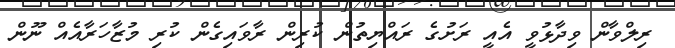
ރިލްވާން ވިދާޅުވީ އެއީ ރަށުގެ ރައްޔިތުން ކުރިން ރާވައިގެން ކުރި މުޒާހަރާއެއް ނޫން